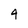
Character: 4